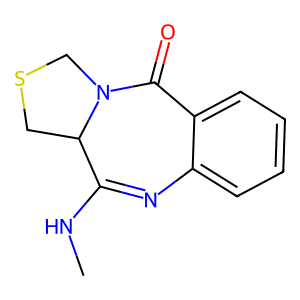
SMILES: CNC1=Nc2ccccc2C(=O)N2CSCC12
Inhibits HIV replication: No